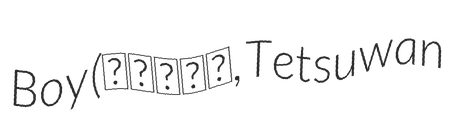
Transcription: Boy (鉄腕アトム, Tetsuwan